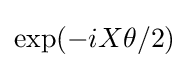
\exp(-iX\theta /2)